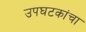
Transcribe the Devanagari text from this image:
उपघटकांचा